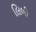
લિબી